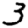
Digit: 3